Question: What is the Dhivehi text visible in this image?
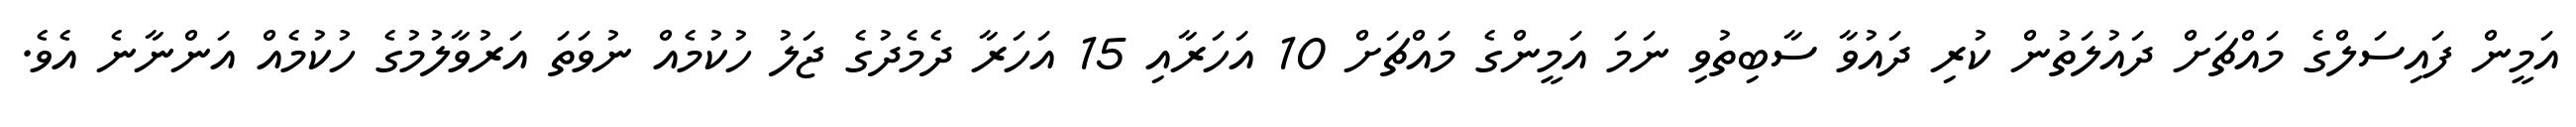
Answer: އަމީން ފައިސަލްގެ މައްޗަށް ދައުލަތުން ކުރި ދައުވާ ސާބިތުވި ނަމަ އަމީންގެ މައްޗަށް 10 އަހަރާއި 15 އަހަރާ ދެމެދުގެ ޖަލު ހުކުމެއް ނުވަތަ އަރުވާލުމުގެ ހުކުމެއް އަންނާނެ އެވެ.